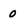
Character: 0